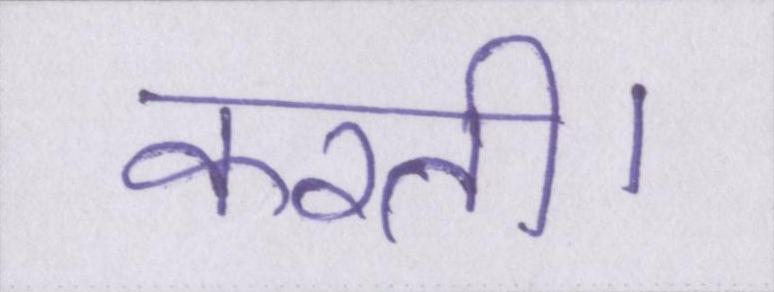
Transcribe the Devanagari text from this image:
करती।